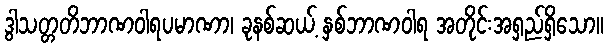
ဒွါသတ္တတိဘာဏဝါရပမာဏာ၊ ခုနစ်ဆယ့် နှစ်ဘာဏဝါရ အတိုင်းအရှည်ရှိသော။